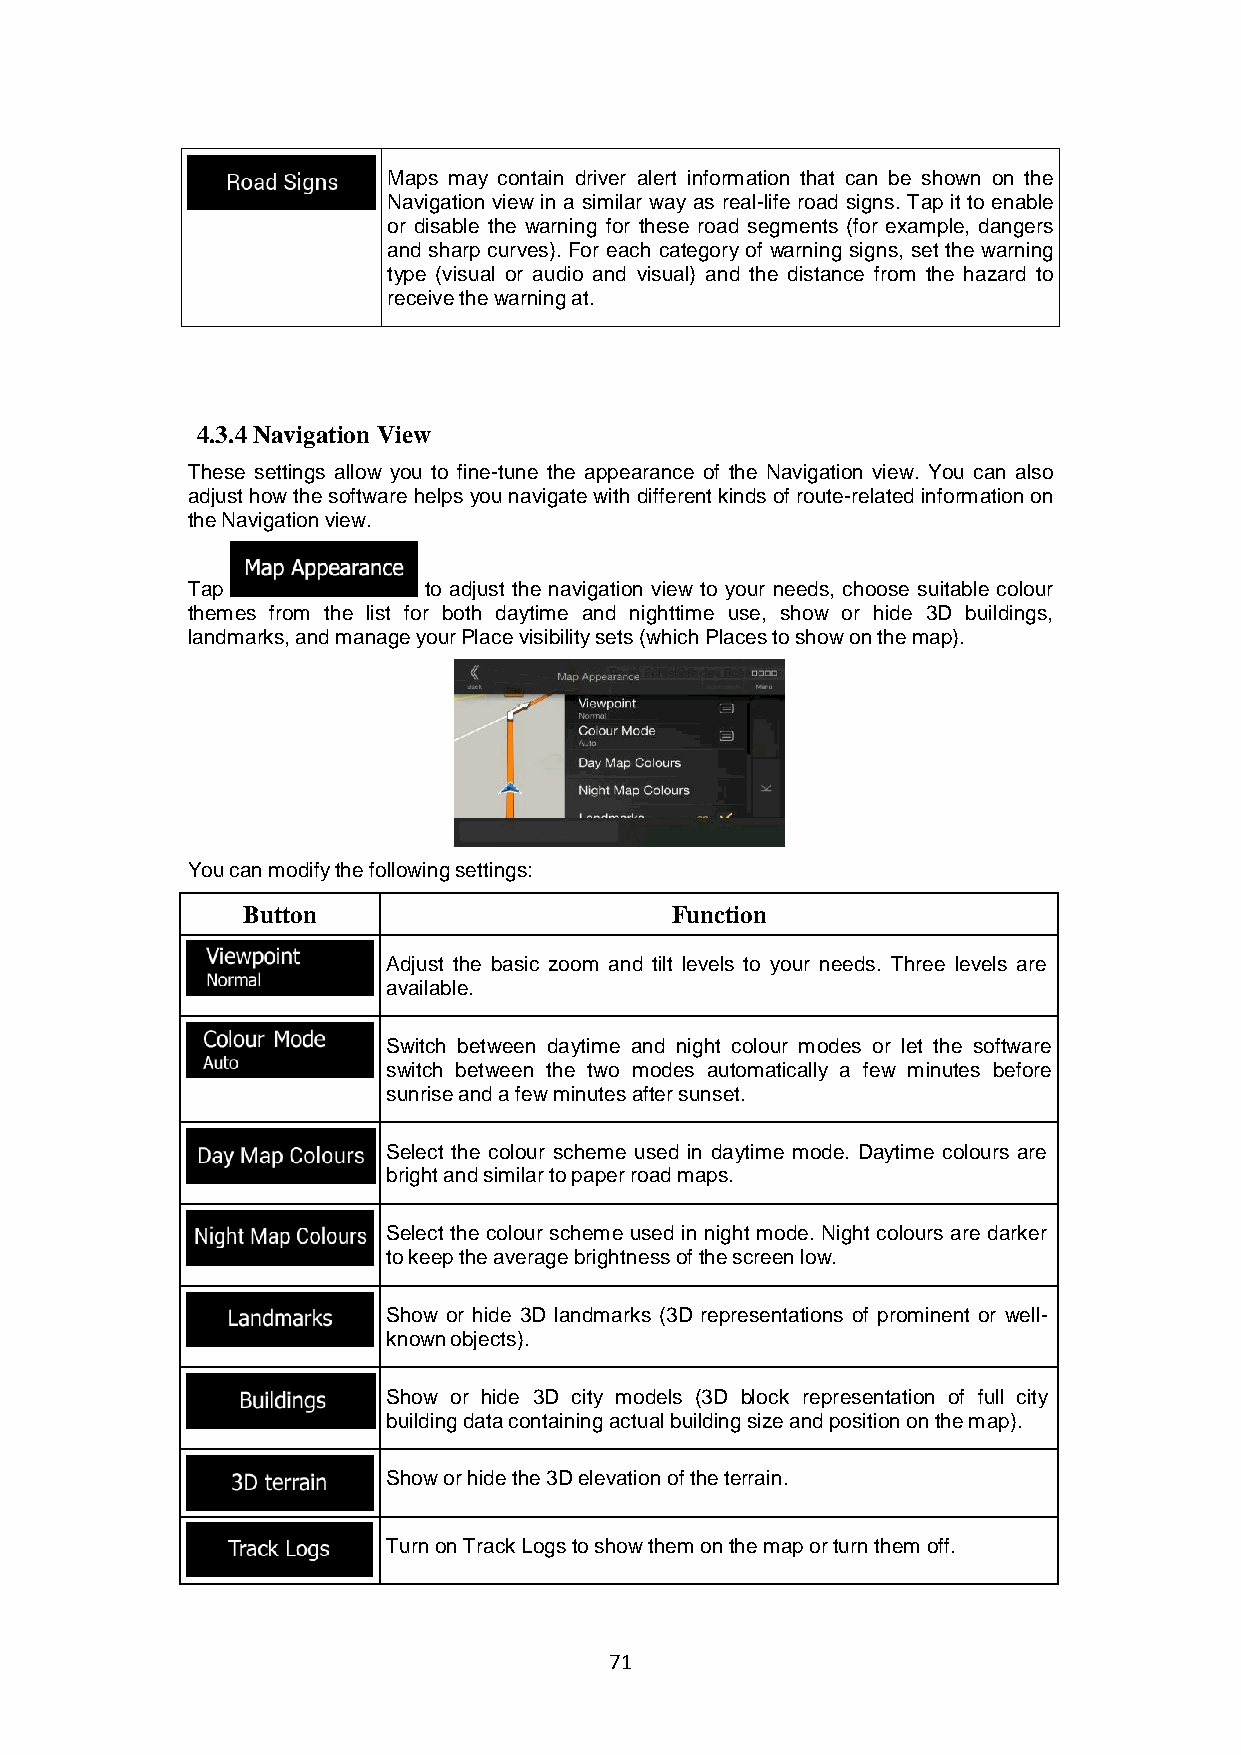
Maps may contain driver alert information that can be shown on the
 Navigation view in a similar way as real-life road signs. Tap it to enable
 or disable the warning for these road segments (for example, dangers
 and sharp curves). For each category of warning signs, set the warning
 type (visual or audio and visual) and the distance from the hazard to
 receive the warning at.
 4.3.4 Navigation View
 These settings allow you to fine-tune the appearance of the Navigation view. You can also
 adjust how the software helps you navigate with different kinds of route-related information on
 the Navigation view.
 Tap             to adjust the navigation view to your needs, choose suitable colour
 themes from the list for both daytime and nighttime use, show or hide 3D buildings,
 landmarks, and manage your Place visibility sets (which Places to show on the map).
 You can modify the following settings:
 Button                      Function
 Adjust the basic zoom and tilt levels to your needs. Three levels are
 available.
 Switch between daytime and night colour modes or let the software
 switch between the two modes automatically a few minutes before
 sunrise and a few minutes after sunset.
 Select the colour scheme used in daytime mode. Daytime colours are
 bright and similar to paper road maps.
 Select the colour scheme used in night mode. Night colours are darker
 to keep the average brightness of the screen low.
 Show or hide 3D landmarks (3D representations of prominent or well-
 known objects).
 Show or hide 3D city models (3D block representation of full city
 building data containing actual building size and position on the map).
 Show or hide the 3D elevation of the terrain.
 Turn on Track Logs to show them on the map or turn them off.
 71